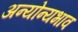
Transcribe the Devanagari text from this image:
अन्योन्यभाव